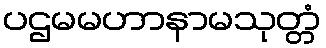
ပဌမမဟာနာမသုတ္တံ